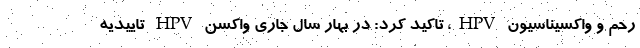
رحم و واکسیناسیون HPV، تاکید کرد: در بهار سال جاری واکسن HPV تاییدیه